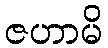
ဇဟာမိ